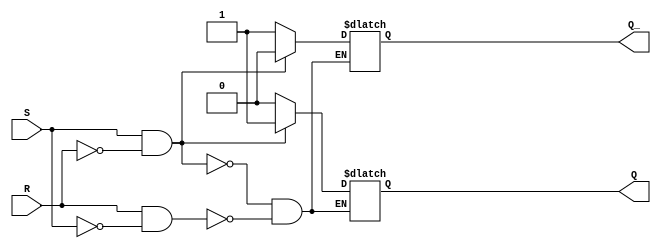
module sr_flipflop (
    input S,
    input R,
    output reg Q,
    output reg Q_
    );

    always @ (S, R) begin
        if (S && !R) begin
            Q <= 1'b1;
            Q_ <= 1'b0;
        end else if (R && !S) begin
            Q <= 1'b0;
            Q_ <= 1'b1;
        end
    end

endmodule